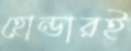
হোন্ডারই